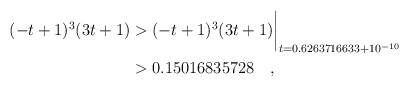
\begin{align*} (-t+1)^3(3t+1)& > (-t+1)^3(3t+1)\biggr\rvert_{t=0.6263716633 + 10^{-10}} \\& > 0.15016835728\quad , \end{align*}